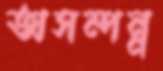
অসম্পন্ন